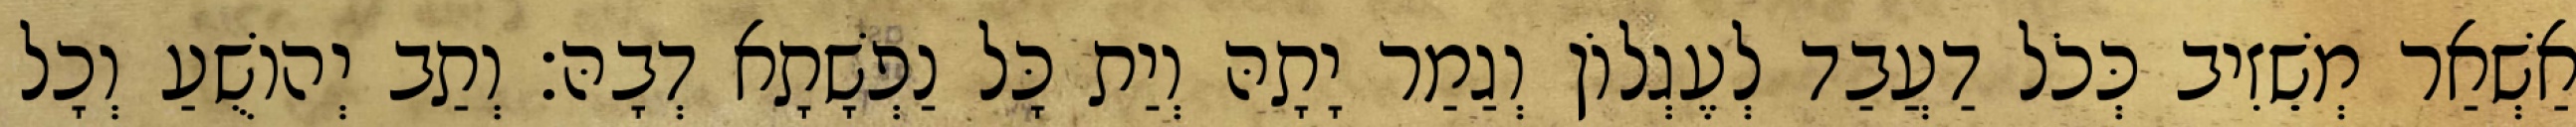
אַשְׁאַר מְשֵׁזִיב כְּכֹל דַעֲבַד לְעֶגְלוֹן וְגַמַר יָתָהּ וְיַת כָּל נַפְשָׁתָא דְבָהּ׃ וְתַב יְהוֹשֻׁעַ וְכָל